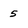
Character: 5